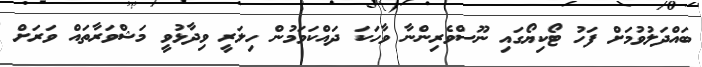
ބައްދަލުވުމަށް ފަހު ޓޯކިޔޯގައި ނޫސްވެރިންނާ ވާހަކަ ދައްކަވަމުން ހިލަރީ ވިދާޅުވީ މަޝްވަރާތައް ވަރަށް